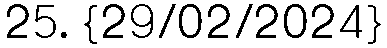
25. {29/02/2024}